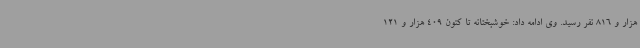
هزار و 816 نفر رسید. وی ادامه داد: خوشبختانه تا کنون 409 هزار و 121